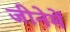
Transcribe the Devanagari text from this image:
जीनेमें